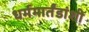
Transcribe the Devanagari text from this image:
धर्ममार्तंडांशी